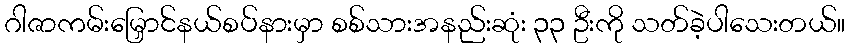
ဂါဇာကမ်းမြှောင်နယ်စပ်နားမှာ စစ်သားအနည်းဆုံး ၃၃ ဦးကို သတ်ခဲ့ပါသေးတယ်။